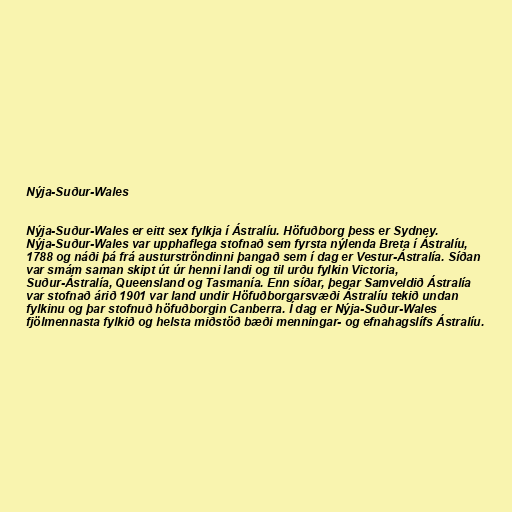
Nýja-Suður-Wales

Nýja-Suður-Wales er eitt sex fylkja í Ástralíu. Höfuðborg þess er Sydney.
Nýja-Suður-Wales var upphaflega stofnað sem fyrsta nýlenda Breta í Ástralíu,
1788 og náði þá frá austurströndinni þangað sem í dag er Vestur-Ástralía. Síðan
var smám saman skipt út úr henni landi og til urðu fylkin Victoria,
Suður-Ástralía, Queensland og Tasmanía. Enn síðar, þegar Samveldið Ástralía
var stofnað árið 1901 var land undir Höfuðborgarsvæði Ástralíu tekið undan
fylkinu og þar stofnuð höfuðborgin Canberra. Í dag er Nýja-Suður-Wales
fjölmennasta fylkið og helsta miðstöð bæði menningar- og efnahagslífs Ástralíu.